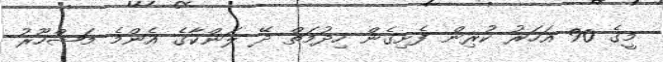
މީގެ 90 އަހަރު ކުރިން ފެށިިގެން ހިދުމަތް ދޭ ލަންކާގެ އެންމެ މަޝްހޫރު